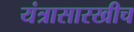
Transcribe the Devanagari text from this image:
यंत्रासारखीच